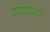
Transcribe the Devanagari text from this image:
गंगाधरेश्वर